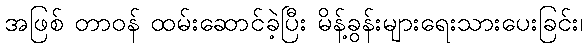
အဖြစ် တာဝန် ထမ်းဆောင်ခဲ့ပြီး မိန့်ခွန်းများရေးသားပေးခြင်း၊